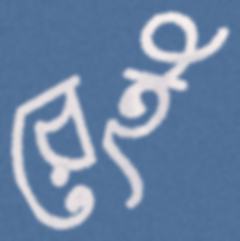
রেই